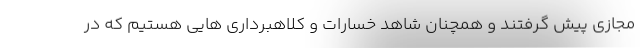
مجازی پیش گرفتند و همچنان شاهد خسارات و کلاهبرداری هایی هستیم که در